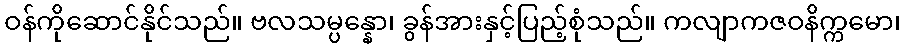
ဝန်ကိုဆောင်နိုင်သည်။ ဗလသမ္ပန္နော၊ ခွန်အားနှင့်ပြည့်စုံသည်။ ကလျာကဇဝနိက္ကမော၊